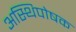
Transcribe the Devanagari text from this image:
अस्थिपोषक